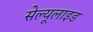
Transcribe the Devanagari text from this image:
सेल्यूलाइड